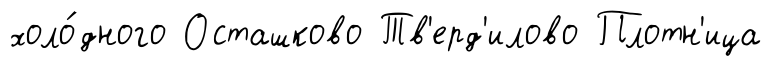
холо́дного Осташково Тв'ерд'илово Плотн'ица